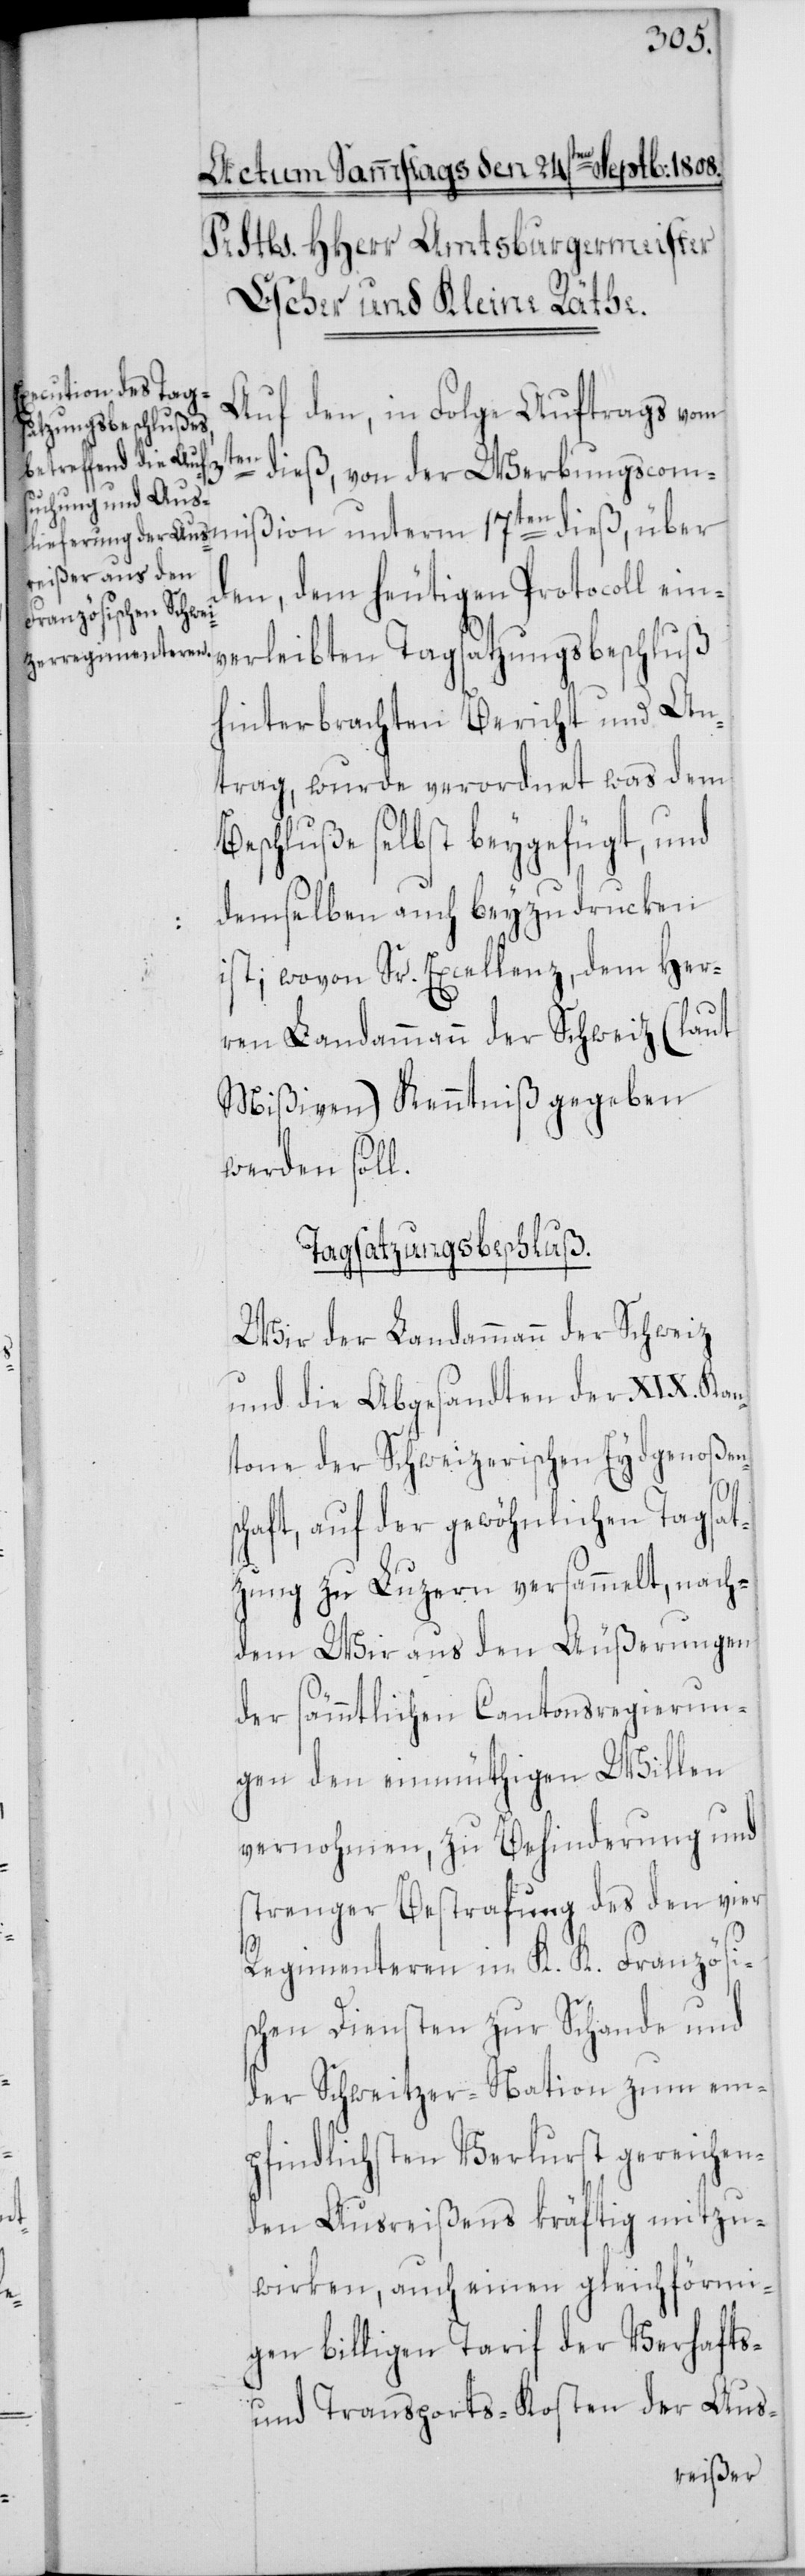
Auf den, in Folge Auftrags vom
dieß, von der Werbungscom¬
mißion unterm 17ten dieß, über
den, dem heutigen Protocoll ein¬
verleibten Tagsatzungsbeschluß
hinterbrachten Bericht und An¬
trag, wurde verordnet was dem
Beschluße selbst beygefügt, und
demselben auch beyzudrucken
ist; wovon Sr. Excellenz, dem Her¬
ren Landammann der Schweitz (laut
Mißiven) Kenntniß gegeben
werden soll.
Tagsatzungsbeschluß.
Wir der Landammann der Schweitz
und die Abgesandten der XIX. Kan¬
tone der Schweizerischen Eydgenoßen¬
sc¬
haft, auf der gewöhnlichen Tagsat¬
zung zu Luzern versammelt, nach¬
dem Wir aus den Äußerungen
der sämmtlichen Cantonsregierun¬
gen den einmüthigen Willen
vernommen, zu Behinderung und
strenger Bestrafung des den vier
Regimenteren in K. K. Französi¬
schen Diensten zur Schande und
der Schweitzer-Nation zum em¬
pfindlichsten Verlurst gereichen¬
den Ausreißens kräftig mitzu¬
wirken, auch einen gleichförmi¬
gen billigen Tarif der Verhafts-
und Transport-Kosten der Aus-